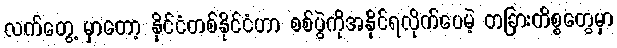
လက်တွေ့ မှာတော့ နိုင်ငံတစ်နိုင်ငံဟာ စစ်ပွဲကိုအနိုင်ရလိုက်ပေမဲ့ တခြားကိစ္စတွေမှာ